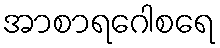
အာစာရဂေါစရေ